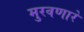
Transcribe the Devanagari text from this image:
मुरवणारे